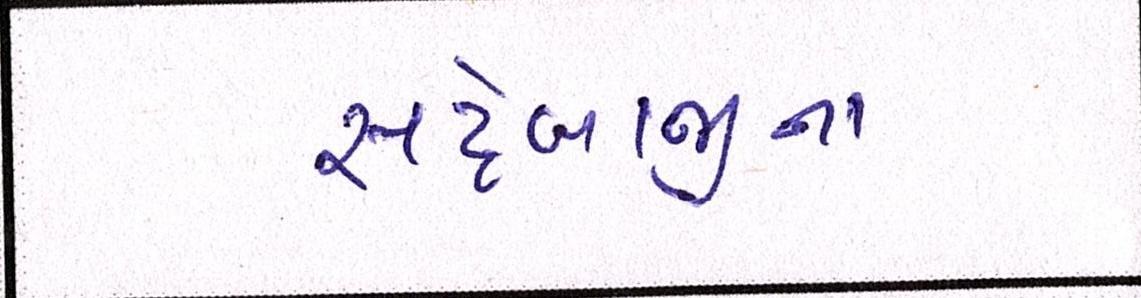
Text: સટ્ટેબાજીના